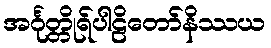
အင်္ဂုတ္တိုရ်ပါဠိတော်နိဿယ